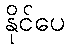
နိုင်ပေ